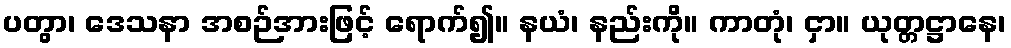
ပတွာ၊ ဒေသနာ အစဉ်အားဖြင့် ရောက်၍။ နယံ၊ နည်းကို။ ကာတုံ၊ ငှာ။ ယုတ္တဋ္ဌာနေ၊